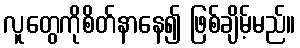
လူတွေကိုစိတ်နာနေ၍ ဖြစ်ချိမ့်မည်။